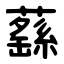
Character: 蘨